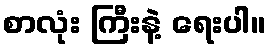
စာလုံး ကြီးနဲ့ ရေးပါ။